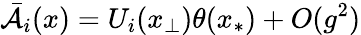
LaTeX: \bar{\cal A}_{i}(x)=U_{i}(x_{\perp})\theta(x_{\ast})+O(g^{2})